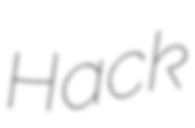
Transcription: Hack